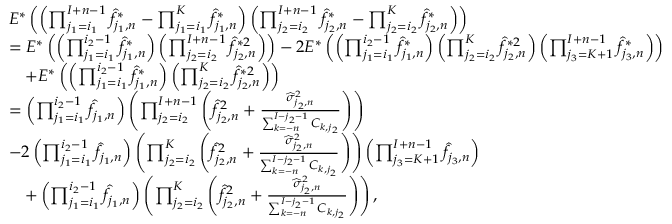
\begin{array} { r l } & { E ^ { * } \left( \left( \prod _ { j _ { 1 } = i _ { 1 } } ^ { I + n - 1 } \widehat f _ { j _ { 1 } , n } ^ { * } - \prod _ { j _ { 1 } = i _ { 1 } } ^ { K } \widehat f _ { j _ { 1 } , n } ^ { * } \right) \left( \prod _ { j _ { 2 } = i _ { 2 } } ^ { I + n - 1 } \widehat f _ { j _ { 2 } , n } ^ { * } - \prod _ { j _ { 2 } = i _ { 2 } } ^ { K } \widehat f _ { j _ { 2 } , n } ^ { * } \right) \right) } \\ & { = E ^ { * } \left( \left( \prod _ { j _ { 1 } = i _ { 1 } } ^ { i _ { 2 } - 1 } \widehat f _ { j _ { 1 } , n } ^ { * } \right) \left( \prod _ { j _ { 2 } = i _ { 2 } } ^ { I + n - 1 } \widehat f _ { j _ { 2 } , n } ^ { * 2 } \right) \right) - 2 E ^ { * } \left( \left( \prod _ { j _ { 1 } = i _ { 1 } } ^ { i _ { 2 } - 1 } \widehat f _ { j _ { 1 } , n } ^ { * } \right) \left( \prod _ { j _ { 2 } = i _ { 2 } } ^ { K } \widehat f _ { j _ { 2 } , n } ^ { * 2 } \right) \left( \prod _ { j _ { 3 } = K + 1 } ^ { I + n - 1 } \widehat f _ { j _ { 3 } , n } ^ { * } \right) \right) } \\ & { \quad + E ^ { * } \left( \left( \prod _ { j _ { 1 } = i _ { 1 } } ^ { i _ { 2 } - 1 } \widehat f _ { j _ { 1 } , n } ^ { * } \right) \left( \prod _ { j _ { 2 } = i _ { 2 } } ^ { K } \widehat f _ { j _ { 2 } , n } ^ { * 2 } \right) \right) } \\ & { = \left( \prod _ { j _ { 1 } = i _ { 1 } } ^ { i _ { 2 } - 1 } \widehat f _ { j _ { 1 } , n } \right) \left( \prod _ { j _ { 2 } = i _ { 2 } } ^ { I + n - 1 } \left( \widehat f _ { j _ { 2 } , n } ^ { 2 } + \frac { \widehat \sigma _ { j _ { 2 } , n } ^ { 2 } } { \sum _ { k = - n } ^ { I - { j _ { 2 } } - 1 } C _ { k , j _ { 2 } } } \right) \right) } \\ & { - 2 \left( \prod _ { j _ { 1 } = i _ { 1 } } ^ { i _ { 2 } - 1 } \widehat f _ { j _ { 1 } , n } \right) \left( \prod _ { j _ { 2 } = i _ { 2 } } ^ { K } \left( \widehat f _ { j _ { 2 } , n } ^ { 2 } + \frac { \widehat \sigma _ { j _ { 2 } , n } ^ { 2 } } { \sum _ { k = - n } ^ { I - { j _ { 2 } } - 1 } C _ { k , j _ { 2 } } } \right) \right) \left( \prod _ { j _ { 3 } = K + 1 } ^ { I + n - 1 } \widehat f _ { j _ { 3 } , n } \right) } \\ & { \quad + \left( \prod _ { j _ { 1 } = i _ { 1 } } ^ { i _ { 2 } - 1 } \widehat f _ { j _ { 1 } , n } \right) \left( \prod _ { j _ { 2 } = i _ { 2 } } ^ { K } \left( \widehat f _ { j _ { 2 } , n } ^ { 2 } + \frac { \widehat \sigma _ { j _ { 2 } , n } ^ { 2 } } { \sum _ { k = - n } ^ { I - { j _ { 2 } } - 1 } C _ { k , j _ { 2 } } } \right) \right) , } \end{array}